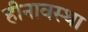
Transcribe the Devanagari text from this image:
हीनावस्था